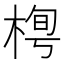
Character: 𣓓